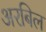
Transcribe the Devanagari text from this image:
अरबिल